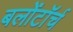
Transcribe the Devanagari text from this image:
बलोंटॉर्च